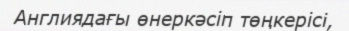
Англиядағы өнеркәсіп төңкерісі,